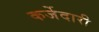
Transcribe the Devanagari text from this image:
कर्जेदारी